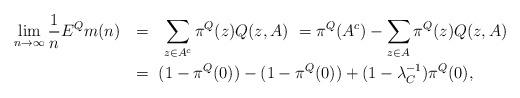
LaTeX: \begin{align*} \lim_{n\to\infty} \frac{1}{n} E^Q m(n) \ &\ = \ \ \sum_{z\in A^c} \pi^Q(z)Q(z,A)\ = \pi^Q(A^c) - \sum_{z \in A} \pi^Q (z) Q(z,A) \\ &\ = \ (1-\pi^Q(0))- (1- \pi^Q(0))+(1-\lambda_C^{-1}) \pi^Q(0),\end{align*}